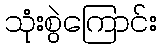
သုံးစွဲကြောင်း